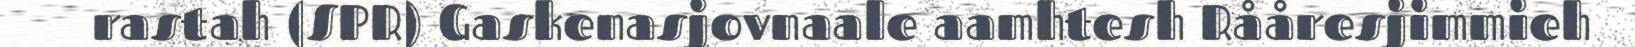
rastah (SPR) Gaskenasjovnaale aamhtesh Rååresjimmieh